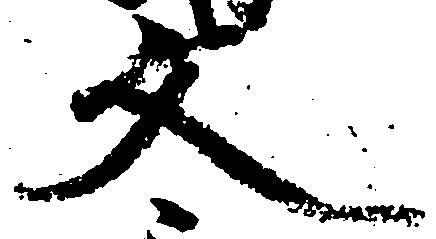
文